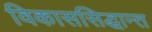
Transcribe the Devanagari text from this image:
विकाससिद्धान्त